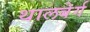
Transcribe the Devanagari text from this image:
थालबेर्ग